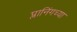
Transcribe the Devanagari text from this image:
प्लानिंगच्या